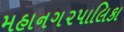
મહાનગ૨પાલિકા